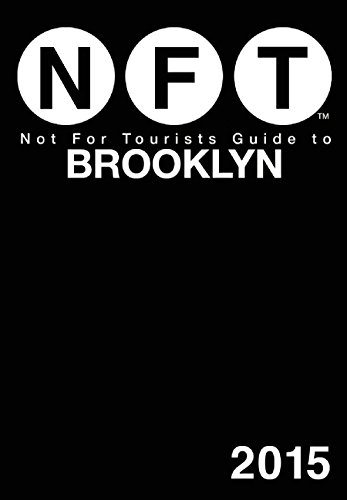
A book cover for Not For Tourists Guide to Brooklyn 2015; Not For Tourists; Travel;